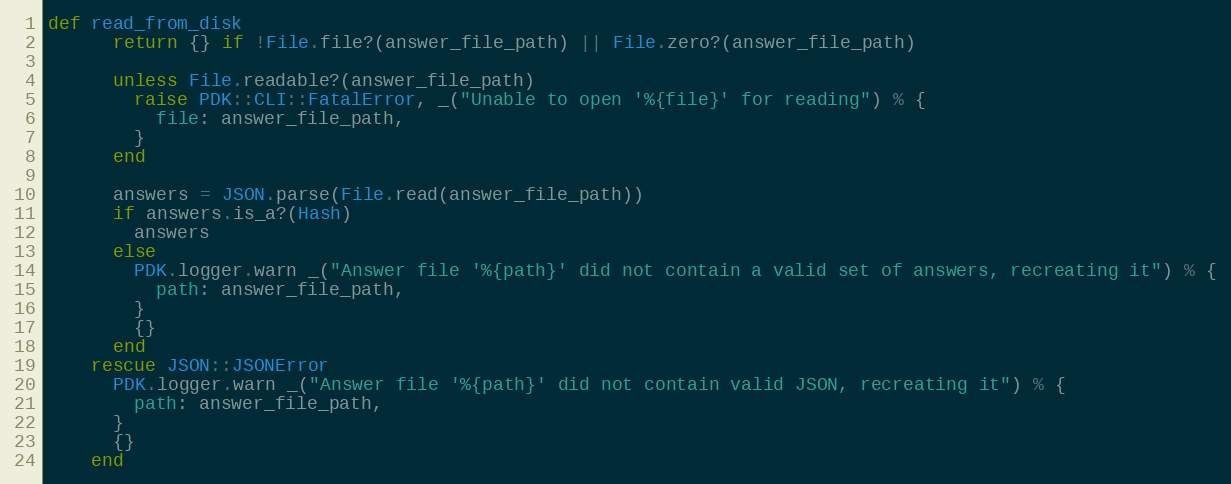
Language: Ruby
def read_from_disk
      return {} if !File.file?(answer_file_path) || File.zero?(answer_file_path)

      unless File.readable?(answer_file_path)
        raise PDK::CLI::FatalError, _("Unable to open '%{file}' for reading") % {
          file: answer_file_path,
        }
      end

      answers = JSON.parse(File.read(answer_file_path))
      if answers.is_a?(Hash)
        answers
      else
        PDK.logger.warn _("Answer file '%{path}' did not contain a valid set of answers, recreating it") % {
          path: answer_file_path,
        }
        {}
      end
    rescue JSON::JSONError
      PDK.logger.warn _("Answer file '%{path}' did not contain valid JSON, recreating it") % {
        path: answer_file_path,
      }
      {}
    end